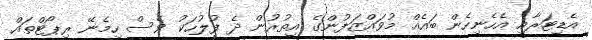
އެޑިޓަރާއި އެހެނިހެން ބައެއް މުވައްޒަފުންގެ އިތުރުން ދެ ފުލުހަކު ވެސް ހިމެނޭ ރިޕޯޓްތައް